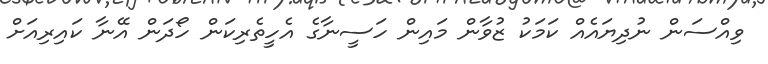
ވިއްސަން ނުދިޔައެއް ކަމަކު ޒުވާން މައިން ހަސީނާގެ އެހީތެރިކަން ހޯދަން އޭނާ ކައިރިއަށް